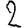
Digit: 2